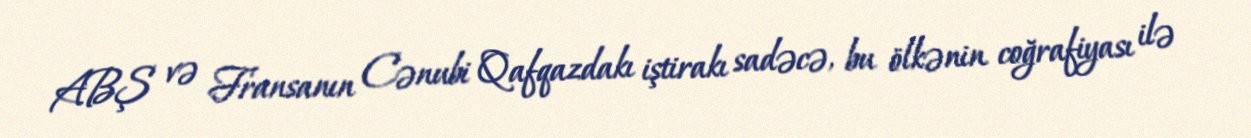
ABŞ və Fransanın Cənubi Qafqazdakı iştirakı sadəcə, bu ölkənin coğrafiyası ilə